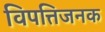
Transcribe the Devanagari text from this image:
विपत्तिजनक